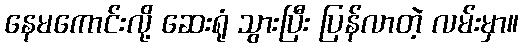
နေမကောင်းလို့ ဆေးရုံ သွားပြီး ပြန်လာတဲ့ လမ်းမှာ။